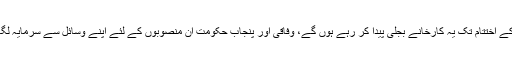
2017ء کے اختتام تک یہ کارخانے بجلی پیدا کر رہے ہوں گے، وفاقی اور پنجاب حکومت ان منصوبوں کے لئے اپنے وسائل سے سرمایہ لگا رہی ہے۔